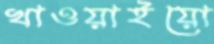
খাওয়াইয়ো